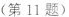
(第11题)